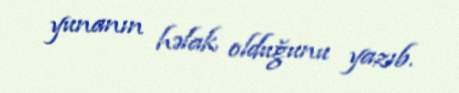
yunanın həlak olduğunu yazıb.